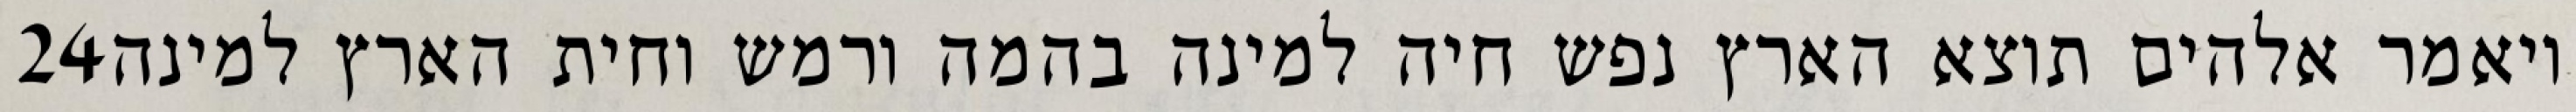
‎24‏ ויאמר אלהים תוצא הארץ נפש חיה למינה בהמה ורמש וחית הארץ למינה